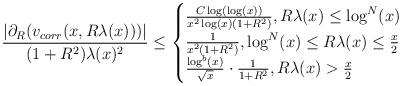
LaTeX: \begin{align*} \frac{|\partial_{R}(v_{corr}(x,R\lambda(x)))|}{(1+R^{2})\lambda(x)^{2}} \leq \begin{cases} \frac{C \log(\log(x))}{x^{2} \log(x) (1+R^{2})}, R \lambda(x) \leq \log^{N}(x)\\\frac{1}{x^{2}(1+R^{2})}, \log^{N}(x) \leq R\lambda(x) \leq \frac{x}{2}\\\frac{\log^{b}(x)}{\sqrt{x}}\cdot \frac{1}{1+R^{2}}, R\lambda(x) > \frac{x}{2}\end{cases}\end{align*}